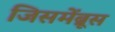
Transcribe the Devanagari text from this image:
जिसमेंब्रूस